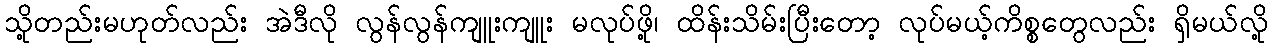
သို့တည်းမဟုတ်လည်း အဲဒီလို လွန်လွန်ကျူးကျူး မလုပ်ဖို့၊ ထိန်းသိမ်းပြီးတော့ လုပ်မယ့်ကိစ္စတွေလည်း ရှိမယ်လို့